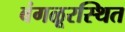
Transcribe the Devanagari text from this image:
बंगळूरस्थित